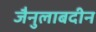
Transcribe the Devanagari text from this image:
जैनुलाबदीन